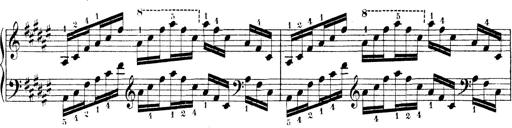
Title: Technische Studien
Composer: Franz Liszt